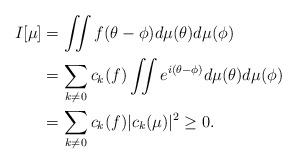
LaTeX: \begin{align*} I[\mu] & = \iint f(\theta - \phi) d \mu(\theta) d\mu (\phi) \\ &= \sum_{k \neq 0} c_k(f) \iint e^{i (\theta - \phi)} d \mu(\theta) d \mu(\phi) \\ &= \sum_{k \neq 0} c_k(f) | c_k(\mu) |^2 \geq 0. \end{align*}